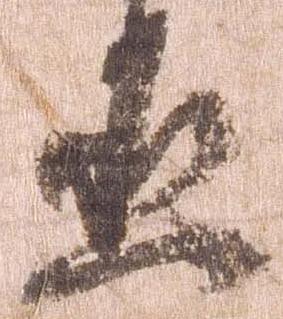
丞